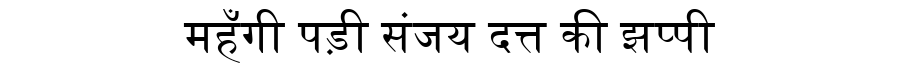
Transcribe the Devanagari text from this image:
महँगी पड़ी संजय दत्त की झप्पी